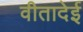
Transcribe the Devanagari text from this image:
वीतादेई